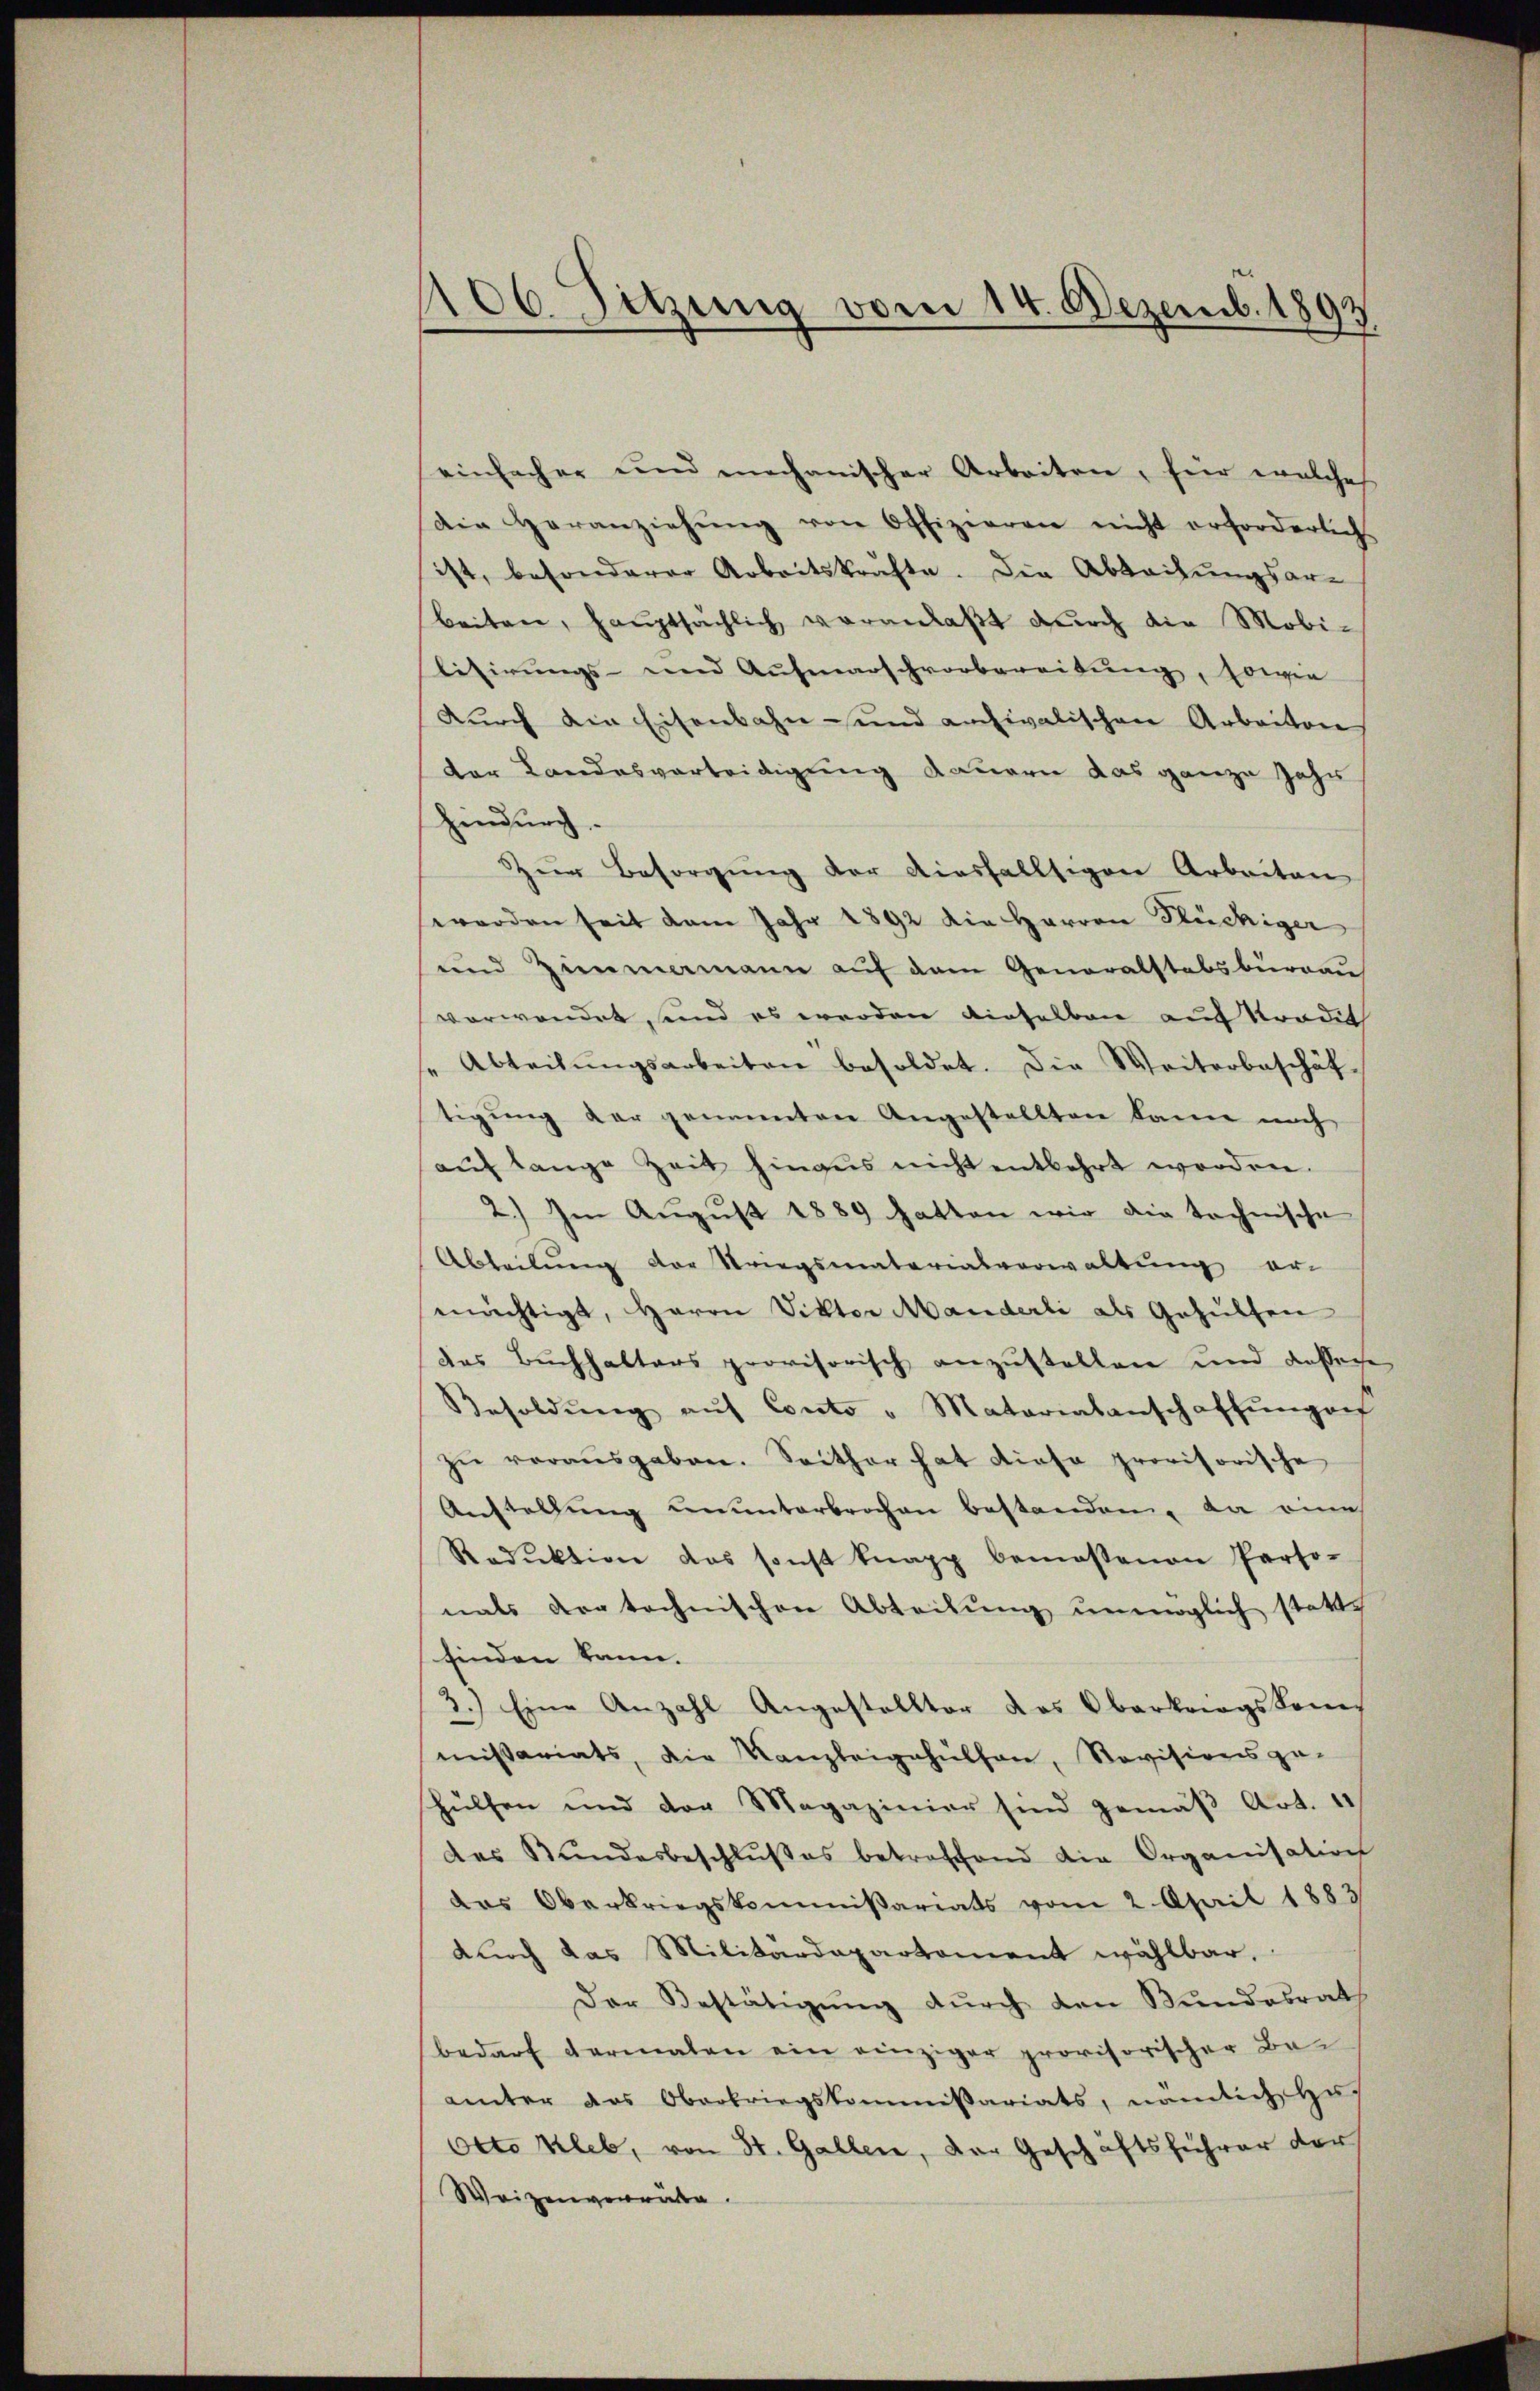
106. Sitzung vom 14. Dezemb. 1893

einfacher und mechanischer Arbeiten, für welches
die Heranziehŭng von Offizieren nicht erforderlich
ist, besonderer Arbeitskräfte. Die Abbaihungsarbeiten, haŭptsächlich veranlaßt durch die Mobi-
lisirungs- und Ausmarschvorbereitung, sowie
dŭrch die Eisenbahn- und archivalischen Arbeiten
der Landesverteidigung dauern das ganze Jahr
hindurch.
Zŭr Besorgŭng der diesfallsigen Arbeiten
worden seit vom Jahr 1892 die Herren Stückiger
und Zimamann auf dem Generalstabsbureau
verwendet, und es werden dieselben auf Pradit
Abteilŭngsarbeiten besoldet. Die Weiterbeschäf-
tigung der genannten Angestellten kann noch
aŭf lange Zeit hinaus nicht entbehrt worden.
2.) Im August 1889 hatten wir die technische
Abteilŭng der Striegsmaterialverwaltŭng er-
mächtigt, Herrn Viktor Manderli als Gehülfen
des Buchhalters provisorisch anzustellen und dassere
Besoldŭng aŭf Conto " Matarialanschaffŭngen
zŭ veraŭsgaben. Seither hat diese provisorische
Austellung ununterbrochen bestanden, da eine
Redŭktion das sonst knapp bemessenen Perso-
nals vor technischen Abteilung unmöglich statte
finden kann.
3.) Eine Anzahl Angestellter das Oberkriegskom
mißariats, die Kanzleigehülfen, Revisionsge-
hülfen und der Magazinier sind gemäβ Art. 4
des Stundesbeschlŭβes betreffend die Organisation
das Oberkriegskommißariats vom 2. April 1883
durch das Militärdepartement wählbar.
Der Bestätigŭng dŭrch den Bŭndesrat
bedarf dermalen ein einziger provisorischer Beämter das Oberbriegskommissariats, nämlich Huf
Otto kleb, von St. Gallen, der Geschäftsführer der
Weizenvorräte.